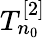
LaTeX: T_{n_{0}}^{[2]}